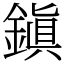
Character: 鎭